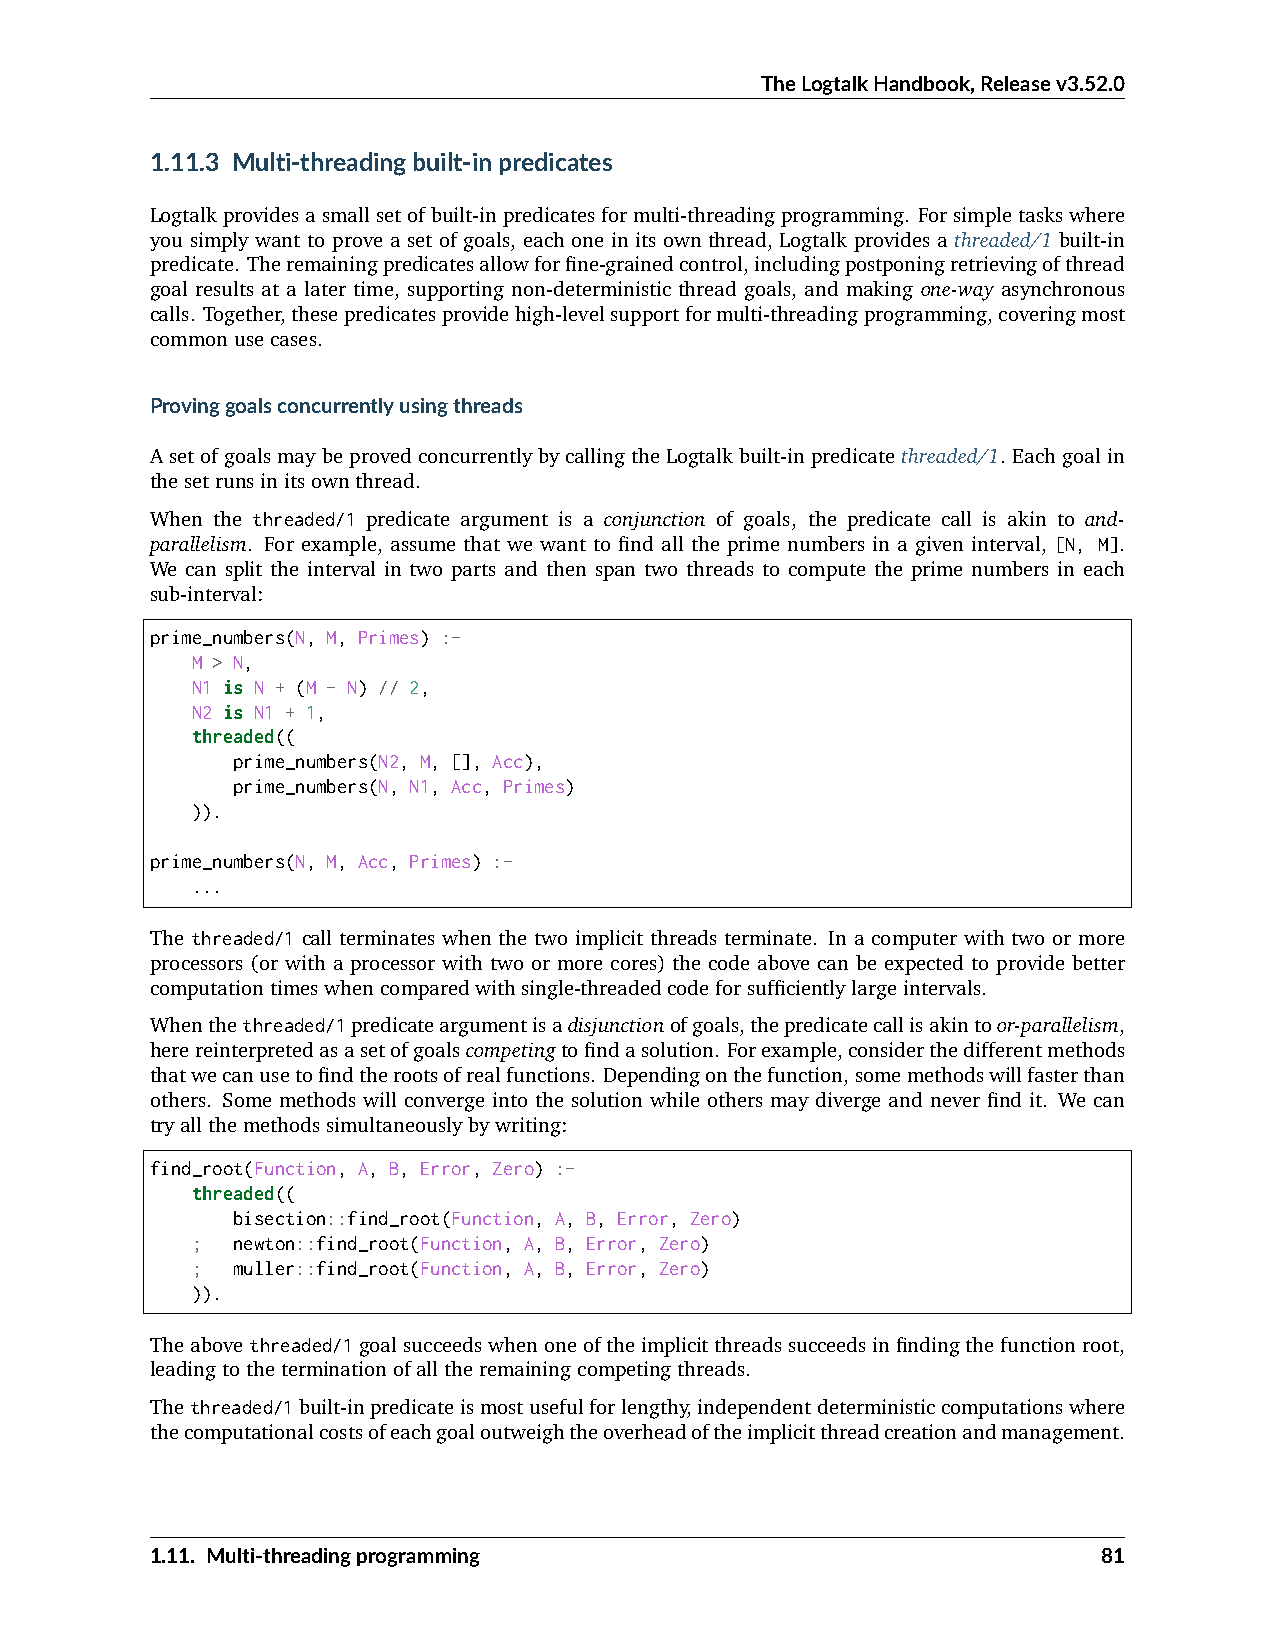
TheLogtalkHandbook,Releasev3.52.0
 1.11.3 Multi-threadingbuilt-inpredicates
 Logtalkprovidesasmallsetofbuilt-inpredicatesformulti-threadingprogramming. Forsimpletaskswhere
 you simply want to prove a set of goals, each one in its own thread, Logtalk provides a threaded/1 built-in
 predicate. Theremainingpredicatesallowforfine-grainedcontrol,includingpostponingretrievingofthread
 goal results at a later time, supporting non-deterministic thread goals, and making one-way asynchronous
 calls. Together,thesepredicatesprovidehigh-levelsupportformulti-threadingprogramming,coveringmost
 commonusecases.
 Provinggoalsconcurrentlyusingthreads
 AsetofgoalsmaybeprovedconcurrentlybycallingtheLogtalkbuilt-inpredicatethreaded/1. Eachgoalin
 thesetrunsinitsownthread.
 When the threaded/1 predicate argument is a conjunction of goals, the predicate call is akin to and-
 parallelism. For example, assume that we want to find all the prime numbers in a given interval, [N, M].
 We can split the interval in two parts and then span two threads to compute the prime numbers in each
 sub-interval:
 prime_numbers(N, M, Primes) :-
 M > N,
 N1 is N + (M - N) // 2,
 N2 is N1 + 1,
 threaded((
 prime_numbers(N2, M, [], Acc),
 prime_numbers(N, N1, Acc, Primes)
 )).
 prime_numbers(N, M, Acc, Primes) :-
 ...
 The threaded/1 call terminates when the two implicit threads terminate. In a computer with two or more
 processors (or with a processor with two or more cores) the code above can be expected to provide better
 computationtimeswhencomparedwithsingle-threadedcodeforsufficientlylargeintervals.
 Whenthethreaded/1predicateargumentisadisjunctionofgoals,thepredicatecallisakintoor-parallelism,
 herereinterpretedasasetofgoalscompetingtofindasolution. Forexample,considerthedifferentmethods
 thatwecanusetofindtherootsofrealfunctions. Dependingonthefunction,somemethodswillfasterthan
 others. Some methods will converge into the solution while others may diverge and never find it. We can
 tryallthemethodssimultaneouslybywriting:
 find_root(Function, A, B, Error, Zero) :-
 threaded((
 bisection::find_root(Function, A, B, Error, Zero)
 ; newton::find_root(Function, A, B, Error, Zero)
 ; muller::find_root(Function, A, B, Error, Zero)
 )).
 Theabovethreaded/1goalsucceedswhenoneoftheimplicitthreadssucceedsinfindingthefunctionroot,
 leadingtotheterminationofalltheremainingcompetingthreads.
 Thethreaded/1built-inpredicateismostusefulforlengthy,independentdeterministiccomputationswhere
 thecomputationalcostsofeachgoaloutweightheoverheadoftheimplicitthreadcreationandmanagement.
 1.11. Multi-threadingprogramming                               81